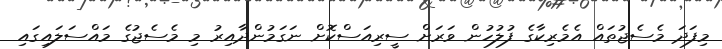
މިފަދަ މެސެޖުތައް އެމެރިކާގެ ފުލުހުން ވަރަށް ސީރިއަސްކޮށް ނަގަމުންދާއިރު މި މެސެޖުގެ މައްސަލައިގައި